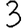
Digit: 3